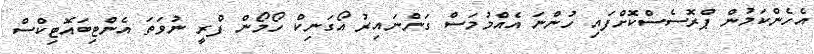
އެހެންކަމުން ޕްރޮސެސްކޮށްފައި ހުންނަ އެއްމުމަސް ގަންނައިރު އޯގަނިކް ހޯމޯން ފްރީ ނުވަތަ އެންޓިބައޮޓިކްސް